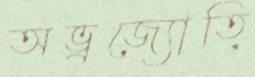
অভ্রজ্যোতি